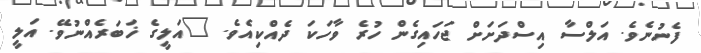
ފެނުނެވެ. އަލްސާ އިސްދަށަށް ޖަހައިގެން ހުރެ ވާހަކަ ދެއްކިއެވެ. "އަލީގެ ޚަބަރެއްނުވޭ. އަލީ